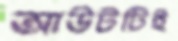
আউটটিই